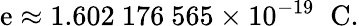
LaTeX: \mathrm{e}\approx1.602\ 176\ 565\times10^{-19}\; \; \mathrm{{C}}.